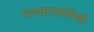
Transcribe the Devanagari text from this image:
फडकावतेवेळी